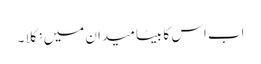
اب اس کا بیٹا میدان میں نکلا ۔